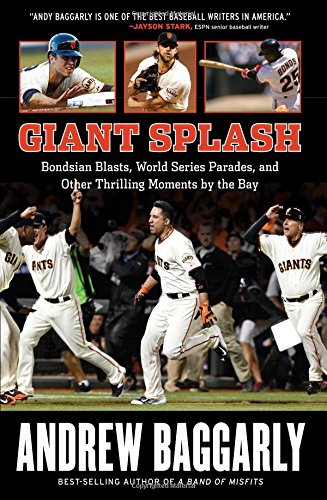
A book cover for Giant Splash: Bondsian Blasts, World Series Parades, and Other Thrilling Moments by the Bay; Andrew Baggarly; Sports & Outdoors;